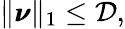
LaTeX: \begin{array}{r}{\| \pmb{\nu}\| _{1}\leq\mathcal{D},}\end{array}